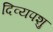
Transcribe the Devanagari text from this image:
दिव्यपशु